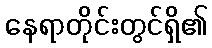
နေရာတိုင်းတွင်ရှိ၏